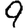
Digit: 9